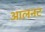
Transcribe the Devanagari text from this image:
आलनट